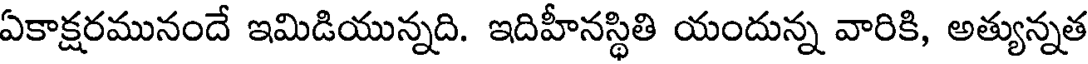
ఏకాక్షరమునందే ఇమిడియున్నది. ఇదిహీనస్థితి యందున్న వారికి, అత్యున్నత